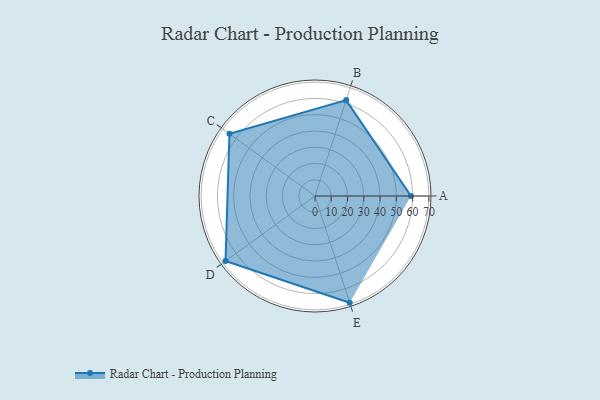
{"axis": {"x": "Skill", "y": "Score"}, "legend": ["Profile"], "data": [{"x": "A", "y": 59.0, "type": "Profile"}, {"x": "B", "y": 62.0, "type": "Profile"}, {"x": "C", "y": 65.0, "type": "Profile"}, {"x": "D", "y": 68.0, "type": "Profile"}, {"x": "E", "y": 69.0, "type": "Profile"}]}